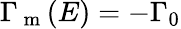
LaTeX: \Gamma_{\mathrm{~m~}}(E)=-\Gamma_{0}